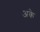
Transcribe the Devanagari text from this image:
अके